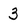
Character: 3